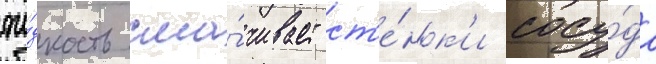
жи́дкость сма́чивает ст'е́нк'и сосу́да